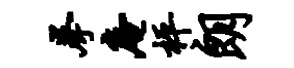
拳庵枰朗